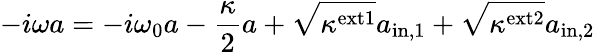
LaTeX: -i\omega a=-i\omega_{0}a-\frac{\kappa}{2}a+\sqrt{\kappa^{\mathrm{ext1}}}a_{\mathrm{in,1}}+\sqrt{\kappa^{\mathrm{ext2}}}a_{\mathrm{in,2}}